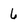
Character: 6